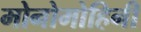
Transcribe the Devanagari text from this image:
मोनोमोहिनी